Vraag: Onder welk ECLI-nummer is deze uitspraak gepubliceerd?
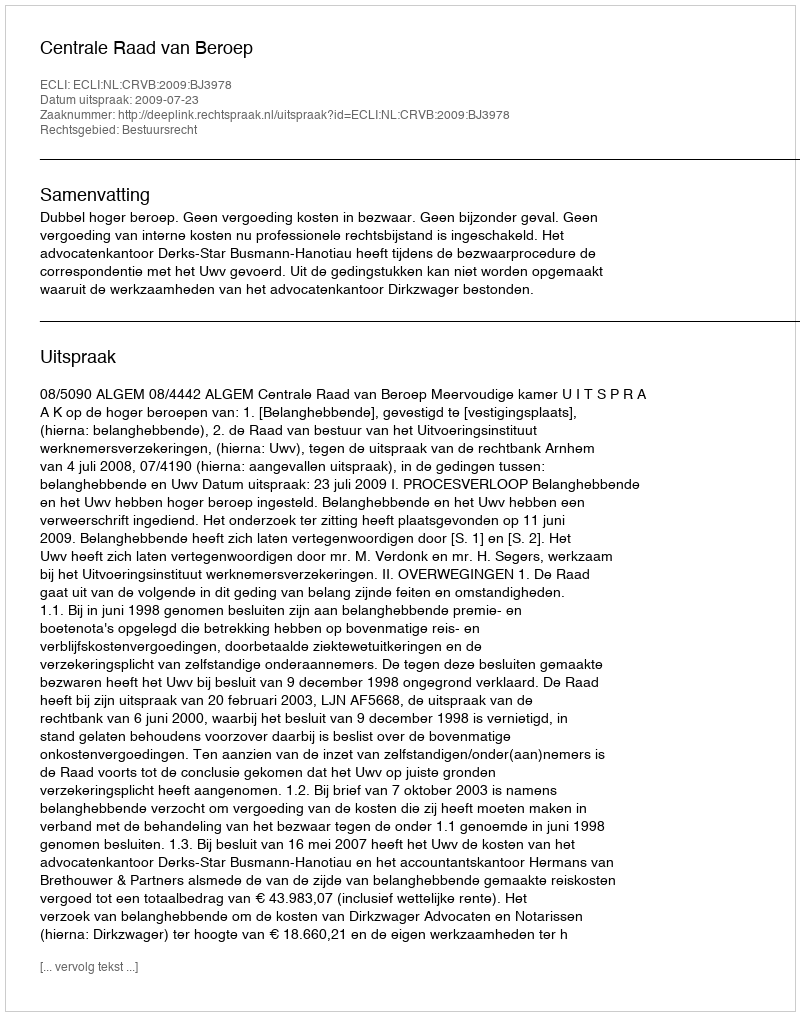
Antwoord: ECLI:NL:CRVB:2009:BJ3978